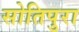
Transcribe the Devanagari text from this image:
सोतिपुरा